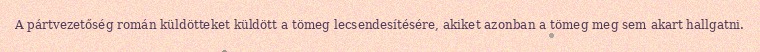
A pártvezetőség román küldötteket küldött a tömeg lecsendesítésére, akiket azonban a tömeg meg sem akart hallgatni.